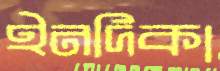
ইনদিকা